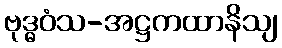
ဗုဒ္ဓဝံသ-အဋ္ဌကထာနိသျ